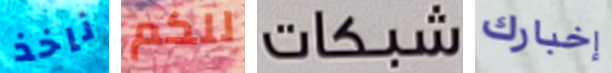
ناخذ للكم شبكات إخبارك